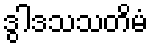
ဒွါဒသသတိမံ